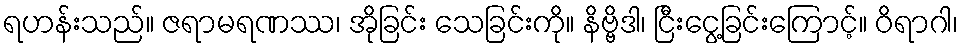
ရဟန်းသည်။ ဇရာမရဏဿ၊ အိုခြင်း သေခြင်းကို။ နိဗ္ဗိဒါ၊ ငြီးငွေ့ခြင်းကြောင့်။ ဝိရာဂါ၊